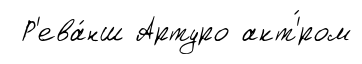
Р'ева́нш Артуро акт'́ром